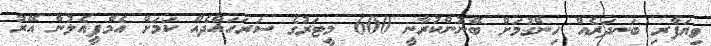
ވިޔަފާރި ބަނދަރެއް ހިންގުމަށް ބޭނުންކުރާނީ 600 މީޓަރުގެ ސަރަހައްދެއް ކަމަށް އެމްޕީއެލުން އޭރު